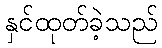
နှင်ထုတ်ခဲ့သည်